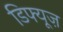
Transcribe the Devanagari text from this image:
डिफ्यूज़